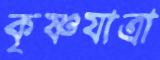
কৃষ্ণযাত্রা